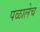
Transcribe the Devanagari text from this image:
पळालेच